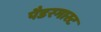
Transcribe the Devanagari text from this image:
पैडरगास्ट